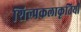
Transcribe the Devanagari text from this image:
शिल्पकलाकृतियों